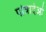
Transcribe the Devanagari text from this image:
पोत्रादेओ